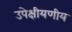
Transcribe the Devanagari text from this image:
उपेक्षीयणीय